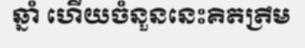
ឆ្នាំ ហើយចំនួននេះគិតត្រឹម